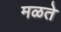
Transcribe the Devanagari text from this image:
मळते